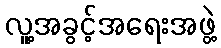
လူ့အခွင့်အရေးအဖွဲ့